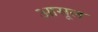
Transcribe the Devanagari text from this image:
आसूल